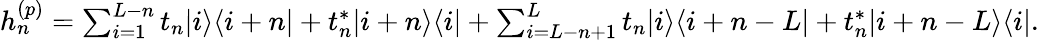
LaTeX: \begin{array}{r}{h_{n}^{(p)}=\sum_{i=1}^{L-n}t_{n}|i\rangle\langle i+n|+t_{n}^{\ast}|i+n\rangle\langle i|+\sum_{i=L-n+1}^{L}t_{n}|i\rangle\langle i+n-L|+t_{n}^{\ast}|i+n-L\rangle\langle i|.}\end{array}